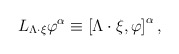
\begin{align*}L_{\Lambda \cdot \xi}\varphi^{\alpha} \equiv \left[ \Lambda \cdot \xi ,\varphi \right]^{\alpha} ,\end{align*}